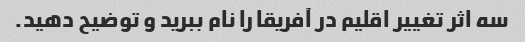
سه اثر تغییر اقلیم در آفریقا را نام ببرید و توضیح دهید.